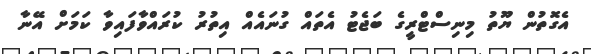
އެގޮތުން ޔޫތު މިނިސްޓްރީގެ ބަޖެޓު އެތައް ގުނައެއް އިތުރު ކުރައްވާފައިވާ ކަމަށް އޭނާ